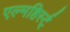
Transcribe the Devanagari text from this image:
एल्महिर्स्ट्